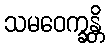
သမဝေက္ခန္တိ